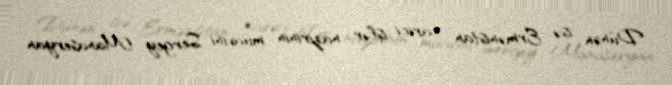
Dünən isə Ermənistan xarici işlər nazirinin müavini Sergey Manaseryan